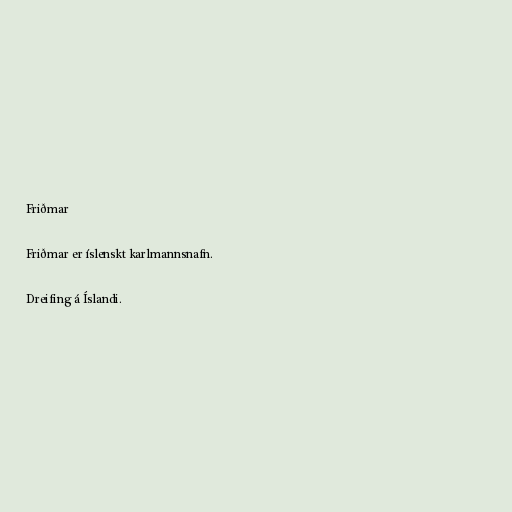
Friðmar

Friðmar er íslenskt karlmannsnafn.

Dreifing á Íslandi.